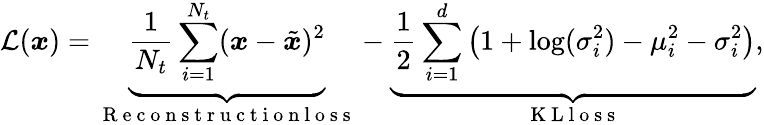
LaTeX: \mathcal{L}(\boldsymbol{x})=\underbrace{\frac{1}{N_{t}}\sum_{i=1}^{N_{t}}(\boldsymbol{x}-\tilde{\boldsymbol{x}})^{2}}_{\mathrm{~R~e~c~o~n~s~t~r~u~c~t~i~o~n~l~o~s~s~}}-\underbrace{\frac{1}{2}\sum_{i=1}^{d}\big(1+\log(\sigma_{i}^{2})-\mu_{i}^{2}-\sigma_{i}^{2}\big)}_{\mathrm{~K~L~l~o~s~s~}},